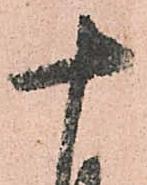
十